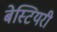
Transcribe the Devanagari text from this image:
बेस्टियरी